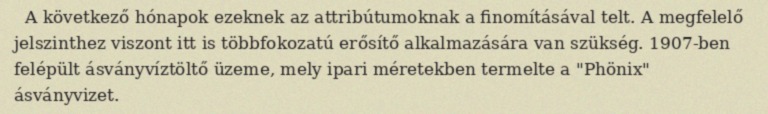
A következő hónapok ezeknek az attribútumoknak a finomításával telt. A megfelelő jelszinthez viszont itt is többfokozatú erősítő alkalmazására van szükség. 1907-ben felépült ásványvíztöltő üzeme, mely ipari méretekben termelte a "Phönix" ásványvizet.